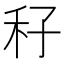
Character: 秄